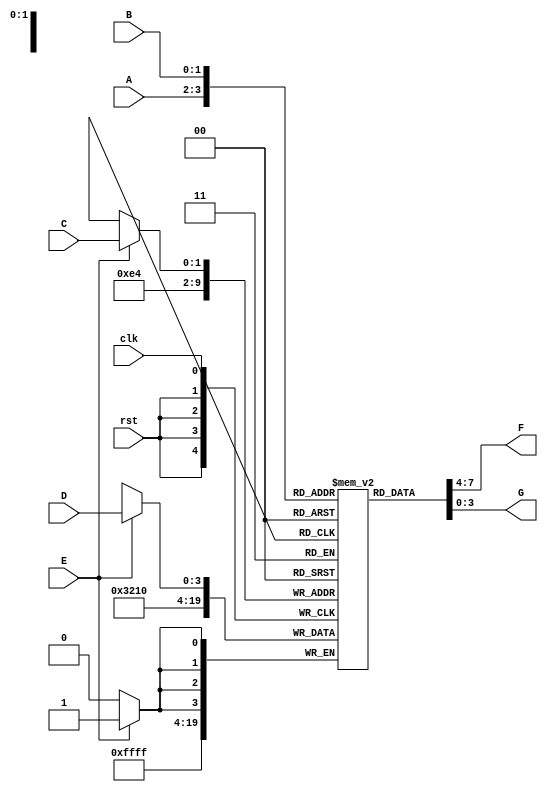
module register_file (clk, rst, A, B, C, D, E, F, G) ;
   input clk, rst;
   input [1:0] A, B, C; // A->F, B->G, D->C
   input [3:0] D;
   input [0:0] E; // D->C
   output [3:0] F, G;
   reg [3:0] 	F, G;
   //reg [3:0] 	file00, file01, file10, file11;
   reg [3:0] 	file[3:0];
   
   /*   
   always @ (posedge rst) begin
      file00 = 2'b00;
      file01 = 2'b01;
      file10 = 2'b10;
      file11 = 2'b11;
   end   

   function [3:0] read_file;
      input [1:0] address;
      input [3:0] file00, file01, file10, file11;

      case (address)
	2'b00: read_file = file00;
	2'b01: read_file = file01;
	2'b10: read_file = file10;
	2'b11: read_file = file11;
	default: read_file = 4'bxxxx;
      endcase // case (address)
   endfunction // case

   assign F = read_file(A, file00, file01, file10, file11);
   assign G = read_file(B, file00, file01, file10, file11);
    */
   always @ (posedge rst) begin
      file[2'b00] <= 4'b0000; // 0
      file[2'b01] <= 4'b0001; // 1
      file[2'b10] <= 4'b0010; // 2
      file[2'b11] <= 4'b0011; // 3
   end

   always @ (A or B) begin
      F = file[A];
      G = file[B];
   end
   
   always @ (posedge clk)
     if (E)
       file[C] = D;
   
endmodule // register_file